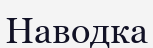
Наводка